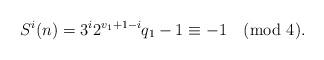
LaTeX: \begin{align*}S^i(n) = 3^i 2^{v_1+1-i} q_1-1 \equiv -1 \pmod{4}. \end{align*}